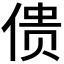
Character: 𰂜